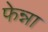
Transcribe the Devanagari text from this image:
फेन्ना